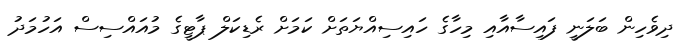
ދިވެހިން ބަލަަނީ ފައިސާއާއި މިހާގެ ހައިސިއްޔަތަށް ކަމަށް ރެޑިކަލް ޕާޓީގެ މުއައްސިސް އަހުމަދު